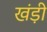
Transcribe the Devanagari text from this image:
खंड़ी